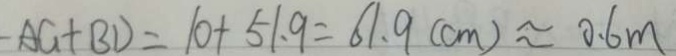
- A G + B D = 1 0 + 5 1 . 9 = 6 1 . 9 ( c m ) \approx 0 . 6 m